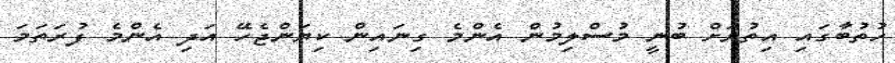
ހުތުބާގައި އިތުރަށް ބުނީ މުސްލިމުން އެންމެ ގިނައިން ކިޔަންޖެހޭ އަދި އެންމެ ފުރަތަމަ